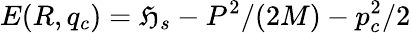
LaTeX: E(R,q_{c})=\mathfrak{H}_{s}-P^{2}/(2M)-p_{c}^{2}/2